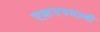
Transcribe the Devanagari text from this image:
एफ़एएम३बी